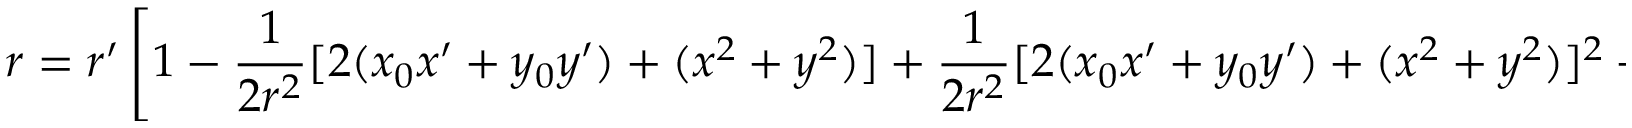
r = r ^ { \prime } \left[ 1 - { \frac { 1 } { 2 r ^ { 2 } } } [ 2 ( x _ { 0 } x ^ { \prime } + y _ { 0 } y ^ { \prime } ) + ( x ^ { 2 } + y ^ { 2 } ) ] + { \frac { 1 } { 2 r ^ { 2 } } } [ 2 ( x _ { 0 } x ^ { \prime } + y _ { 0 } y ^ { \prime } ) + ( x ^ { 2 } + y ^ { 2 } ) ] ^ { 2 } + \cdots \right] ,